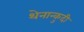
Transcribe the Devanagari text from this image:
थेनान्कुदी